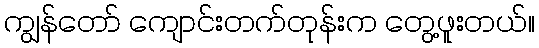
ကျွန်တော် ကျောင်းတက်တုန်းက တွေ့ဖူးတယ်။